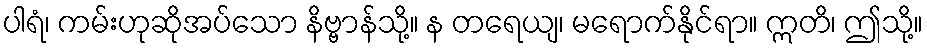
ပါရံ၊ ကမ်းဟုဆိုအပ်သော နိဗ္ဗာန်သို့။ န တရေယျ၊ မရောက်နိုင်ရာ။ ဣတိ၊ ဤသို့။